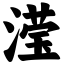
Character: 滢